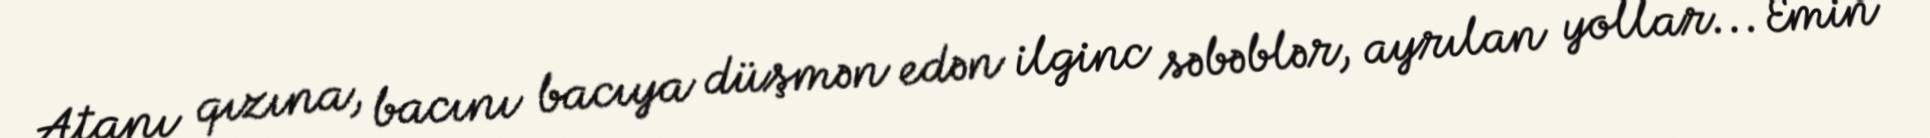
Atanı qızına, bacını bacıya düşmən edən ilginc səbəblər, ayrılan yollar... Emin